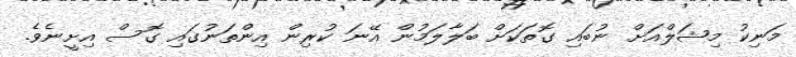
މަނިކު މިޝަލްއަށް ނުބައި ގޮތަކަށް ބަލާލަމުން އޭނަ ކުރިން އިންތަނުގައި ގޮސް އިށީނެވެ.